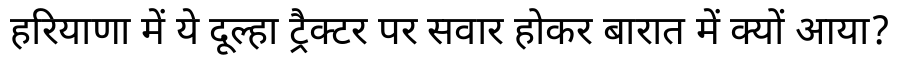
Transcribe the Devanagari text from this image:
हरियाणा में ये दूल्हा ट्रैक्टर पर सवार होकर बारात में क्यों आया?